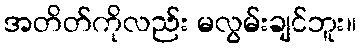
အတိတ်ကိုလည်း မလွမ်းချင်ဘူး။